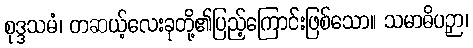
စုဒ္ဒသမံ၊ တဆယ့်လေးခုတို့၏ပြည့်ကြောင်းဖြစ်သော။ သမာဓိပဉှာ၊